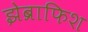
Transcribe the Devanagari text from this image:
झेब्राफिश